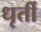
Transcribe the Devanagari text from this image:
धृर्ती